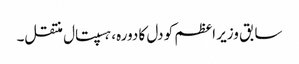
سابق وزیر اعظم کو دل کا دورہ، ہسپتال منتقل۔